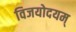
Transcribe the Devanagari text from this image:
विजयोदयम्